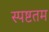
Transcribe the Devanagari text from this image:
स्पष्टतम